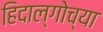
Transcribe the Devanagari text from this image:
हिदाल्गोच्या